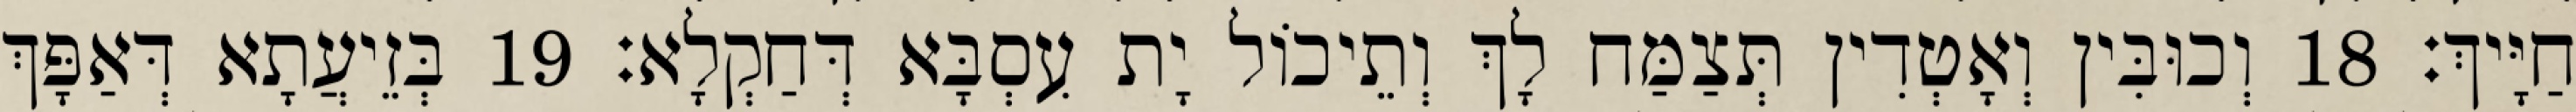
חַיָּיךְ׃ 18 וְכוּבִּין וְאָטְדִין תְּצַמַּח לָךְ וְתֵיכוֹל יָת עִסְבָּא דְּחַקְלָא׃ 19 בְּזֵיעֲתָא דְּאַפָּךְ